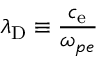
\displaystyle \lambda _ { \mathrm { D } } \equiv \frac { c _ { \mathrm { e } } } { \omega _ { p e } }